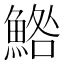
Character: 鯦